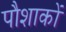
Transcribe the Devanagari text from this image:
पौशाकों